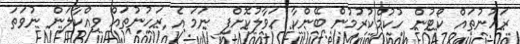
ރަހުނުތައް ކޯޓުން ހުކުމްކުރުމުން ބޭންކާ ހަވާލުކޮށްފި ނަމަ އެ ރަހުނުތައް ވިއްކާލަން ނުވަތަ